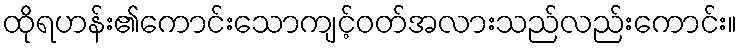
ထိုရဟန်း၏ကောင်းသောကျင့်ဝတ်အလားသည်လည်းကောင်း။